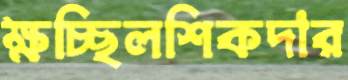
ক্ষচ্ছিলশিকদার